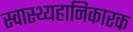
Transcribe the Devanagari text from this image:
स्वास्थ्यहानिकारक